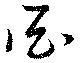
亞